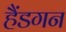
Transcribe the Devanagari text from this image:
हैंडगन